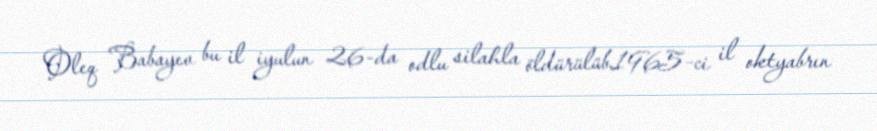
Oleq Babayev bu il iyulun 26-da odlu silahla öldürülüb.1965-ci il oktyabrın